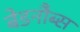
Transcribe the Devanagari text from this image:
बेडनौब्स